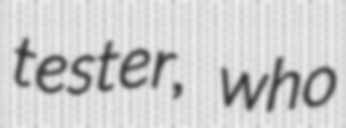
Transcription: tester, who